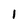
Character: l